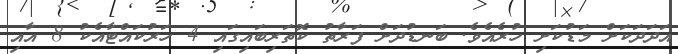
އަދަދަަކަށް މަޑުކަށި ހުރެއެވެ. ބަނޑުދަށް ފަރާތު ކޮތަރިބައިގައި 4 ހަރުކައްޓާއެކު 8 އާއި